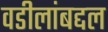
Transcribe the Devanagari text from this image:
वडीलांबद्दल